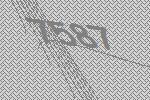
7587